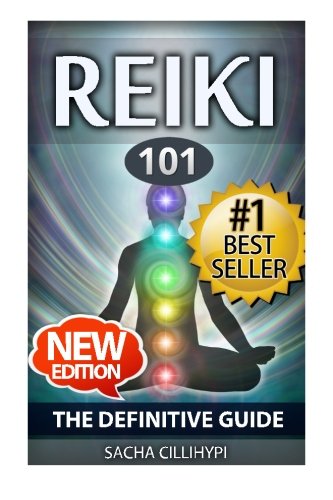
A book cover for Reiki: The Definitive Guide: Increase Energy, Improve Health and Feel Great with Reiki Healing; Sacha Cillihypi; Religion & Spirituality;